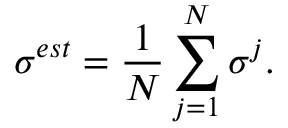
\sigma ^ { e s t } = \frac { 1 } { N } \sum _ { j = 1 } ^ { N } \sigma ^ { j } .